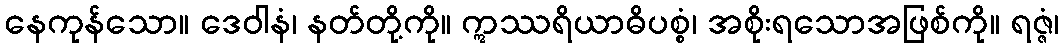
နေကုန်သော။ ဒေဝါနံ၊ နတ်တို့ကို။ ဣဿရိယာဓိပစ္စံ၊ အစိုးရသောအဖြစ်ကို။ ရဇ္ဇံ၊